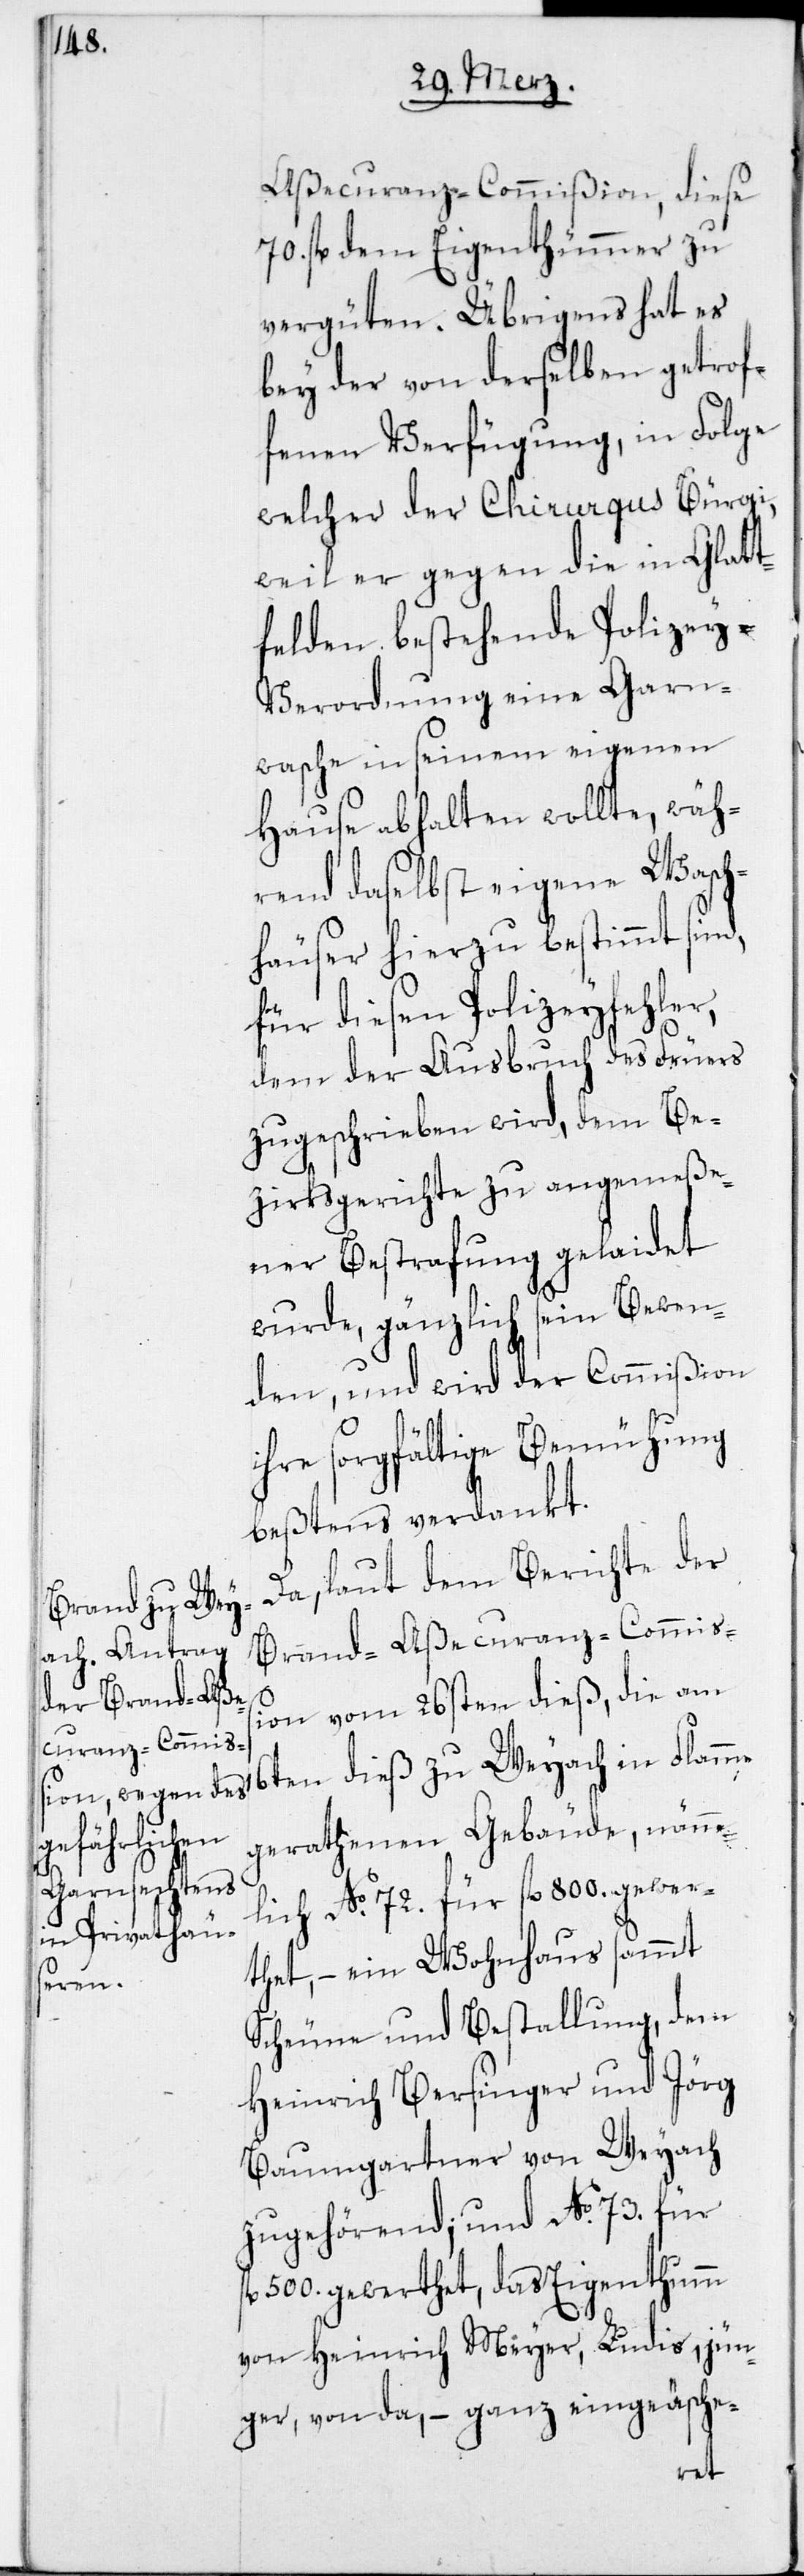
Aßecuranz-Commißion, diese
70. fl. dem Eigenthümmer zu
vergüten. Übrigens hat es
bey der von derselben getrof¬
fenen Verfügung, in Folge
welcher der Chirurgus Bürgi,
weil er gegen die in Glatt¬
felden bestehende Polizey-V¬
erordnung eine Garn¬
wasche in seinem eigenen
Hause abhalten wollte, wäh¬
rend daselbst eigene Wasch¬
häuser hierzu bestimmt sind,
für diesen Polizeyfehler,
dem der Ausbruch des Feuers
zugeschrieben wird, dem Be¬
zirksgerichte zu angemeße¬
ner Bestrafung gelaidet
wurde, gänzlich sein Bewen¬
den, und wird der Commißion
ihre sorgfältige Bemühung
beßtens verdankt.
Da, laut dem Berichte der
Brand-Aßecuranz-Commiß¬
ion vom 26sten dieß, die am
gerathenen Gebäude, näm¬
lich No 72. für fl. 800. gewer¬
thet, – ein Wohnhaus sammt
Scheune und Bestallung, dem
Heinrich Bersinger und Jörg
Baumgartner von Weyach
zugehörend; und No 73. für f¬
l. 500. gewerthet, das Eigenthumm
von Heinrich Meyer, Ludis, jün¬
ger, von da, – ganz eingeäsche-